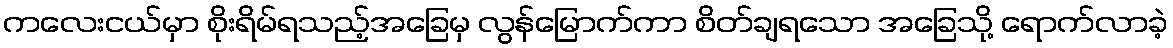
ကလေးငယ်မှာ စိုးရိမ်ရသည့်အခြေမှ လွန်မြောက်ကာ စိတ်ချရသော အခြေသို့ ရောက်လာခဲ့